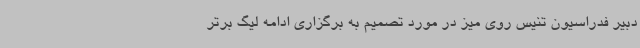
دبیر فدراسیون تنیس روی میز در مورد تصمیم به برگزاری ادامه لیگ برتر